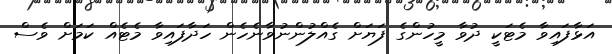
އަޅާފައިވާ މެޓަކީ ދުވާ މީހުންގެ ފަޔަށް ގެއްލުންނުވާނެހެން ހަދާފައިވާ މެޓެއް ކަމަށް ވެސް